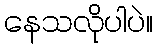
နေသလိုပါပဲ။